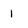
Character: 1